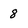
Character: 8